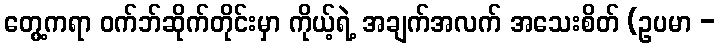
တွေ့ကရာ ဝက်ဘ်ဆိုက်တိုင်းမှာ ကိုယ့်ရဲ့ အချက်အလက် အသေးစိတ် (ဥပမာ -